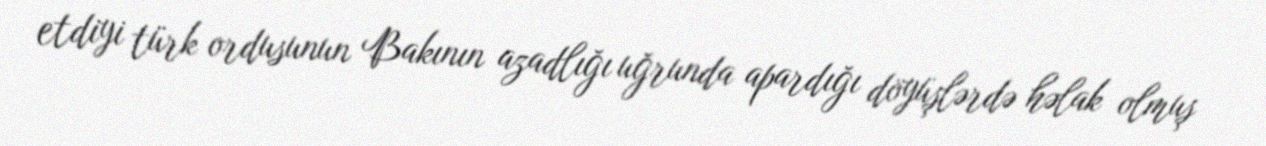
etdiyi türk ordusunun Bakının azadlığı uğrunda apardığı döyüşlərdə həlak olmuş